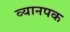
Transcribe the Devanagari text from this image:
व्यानपक